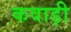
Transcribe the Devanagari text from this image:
कवाड़ी